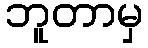
ဘူတာမှ